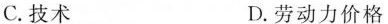
C.技术 D.劳动力价格